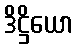
ဒိဋ္ဌိယော